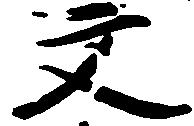
文